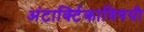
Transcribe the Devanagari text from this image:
अंटार्क्टिकाविषयी